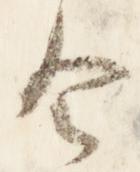
令